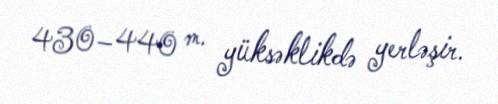
430–440 m. yüksəklikdə yerləşir.